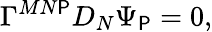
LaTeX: \Gamma^{MN\mathsf{P}}D_{N}\Psi_{\mathsf{P}}=0,